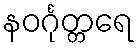
နဝင်္ဂုတ္တရေ